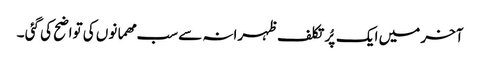
آخر میں ایک پُر تکلف ظہرانہ سے سب مھمانوں کی تواضح کی گئی ۔